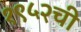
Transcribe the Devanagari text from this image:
१९५२ची